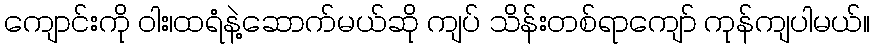
ကျောင်းကို ဝါး၊ထရံနဲ့ဆောက်မယ်ဆို ကျပ် သိန်းတစ်ရာကျော် ကုန်ကျပါမယ်။